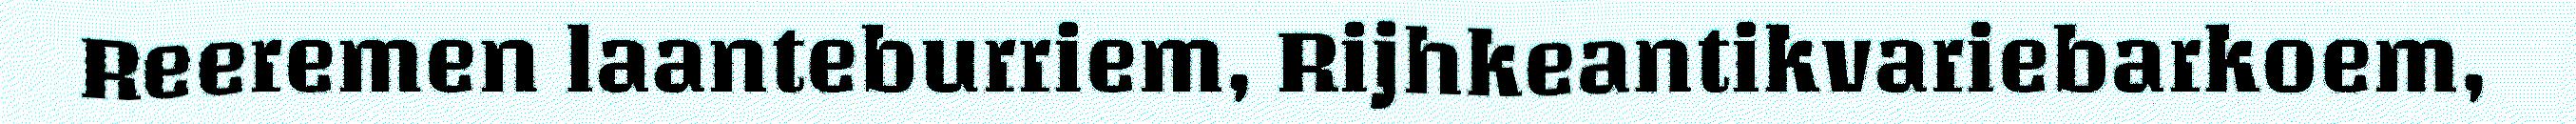
Reeremen laanteburriem, Rijhkeantikvariebarkoem,